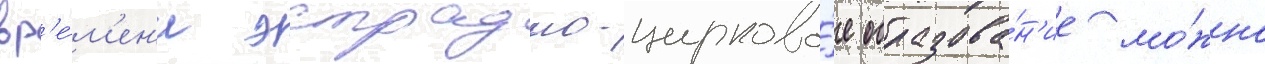
вр'е́м'ен'и эстрадно-цирково́е образова́н'ие мо́жно